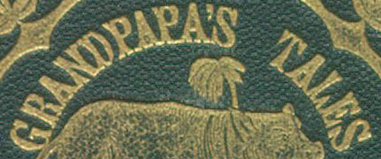
GRANDPAPA'S TALES